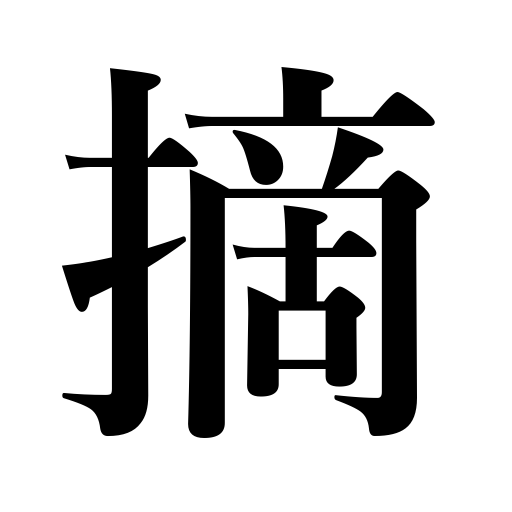
Meanings: pluck,trim,gather,hold in the fingers,pull out,pinch,summarize,clip,pick,nip